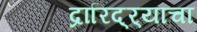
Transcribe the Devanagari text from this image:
द्रारिद्‌र्‍याचा